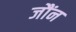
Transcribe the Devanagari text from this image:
जौंन